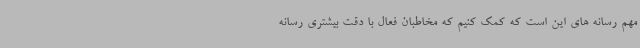
مهم رسانه های این است که کمک کنیم که مخاطبان فعال با دقت بیشتری رسانه